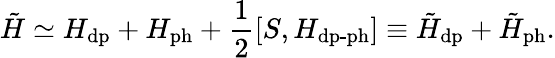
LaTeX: \tilde{H}\simeq{H}_{\mathrm{dp}}+{H}_{\mathrm{ph}}+\frac{1}{2}[S,H_{\mathrm{dp}\textrm{-}\mathrm{ph}}]\equiv\tilde{H}_{\mathrm{dp}}+\tilde{H}_{\mathrm{ph}}.